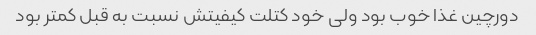
دورچین غذا خوب بود ولی خود کتلت کیفیتش نسبت به قبل کمتر بود